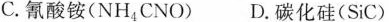
C.氰酸铵(NH_{4}CNO) D.碳化硅(SiC)